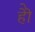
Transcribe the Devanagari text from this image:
हेेो